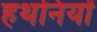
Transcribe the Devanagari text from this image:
हथनियों